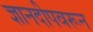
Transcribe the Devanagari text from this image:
ज्ञानदीपवरून